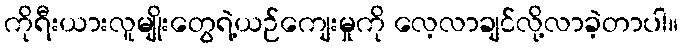
ကိုရီးယားလူမျိုးတွေရဲ့ယဉ်ကျေးမှုကို လေ့လာချင်လို့လာခဲ့တာပါ။